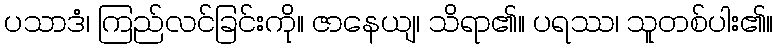
ပသာဒံ၊ ကြည်လင်ခြင်းကို။ ဇာနေယျ၊ သိရာ၏။ ပရဿ၊ သူတစ်ပါး၏။